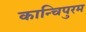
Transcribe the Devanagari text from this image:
कान्चिपुरम